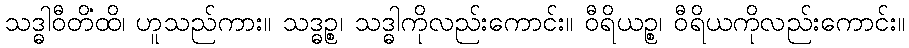
သဒ္ဓါဝီတိံထိ၊ ဟူသည်ကား။ သဒ္ဓဉ္စ၊ သဒ္ဓါကိုလည်းကောင်း။ ဝီရိယဉ္စ၊ ဝီရိယကိုလည်းကောင်း။